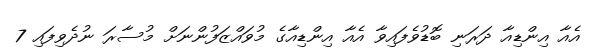
އެއާ އިންޑިއާ ދަރަނި ބޮޑުވެފައިވާ އެއާ އިންޑިއާގެ މުވައްޒަފުންނަށް މުސާރަ ނުދެވިފައި 7